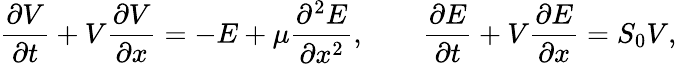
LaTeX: \begin{array}{r}{\displaystyle{\frac{\partial V}{\partial t}}+V\displaystyle{\frac{\partial V}{\partial x}}=-E+\mu\displaystyle{\frac{\partial^{2}E}{\partial x^{2}}},\qquad\displaystyle{\frac{\partial E}{\partial t}}+V\displaystyle{\frac{\partial E}{\partial x}}=S_{0}V,}\end{array}